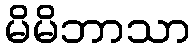
မိမိဘာသာ